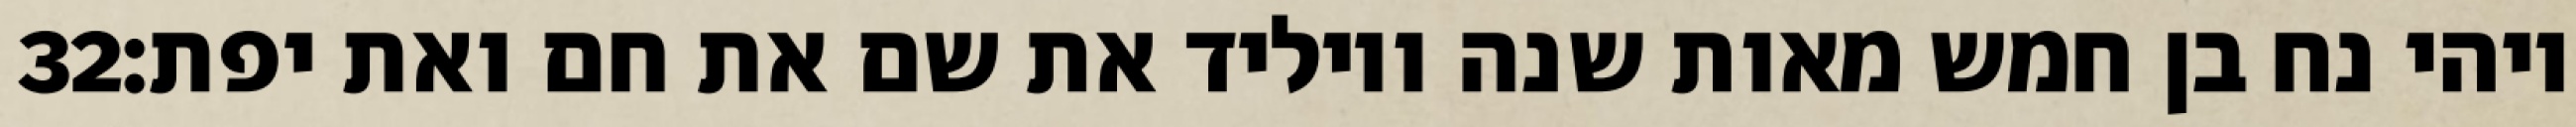
‎32‏ ויהי נח בן חמש מאות שנה ויוליד את שם את חם ואת יפת׃